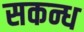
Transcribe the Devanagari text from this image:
सकन्ध